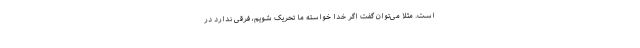
است. مثلا می‌توان گفت اگر خدا خواسته ما تحریک شویم، فرقی ندارد در